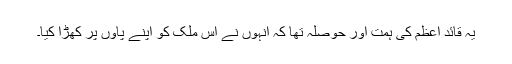
یہ قائد اعظم کی ہمت اور حوصلہ تھا کہ انہوں نے اس ملک کو اپنے پاوں پر کھڑا کیا۔